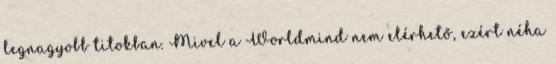
legnagyobb titokban. Mivel a Worldmind nem elérhető, ezért néha